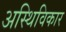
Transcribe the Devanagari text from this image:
अस्थिविकार